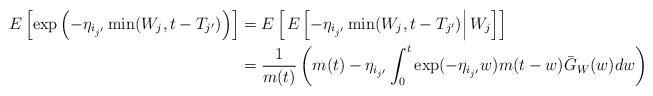
LaTeX: \begin{align*} E\left[\exp\left(-\eta_{i_{j'}}\min(W_{j}, t-T_{j'})\right)\right] &= E\left[\left.E\left[-\eta_{i_{j'}}\min(W_{j}, t-T_{j'})\right| W_{j}\right]\right] \\ &= \frac{1}{m(t)}\left(m(t) - \eta_{i_{j'}}\int_{0}^{t}\exp(-\eta_{i_{j'}}w)m(t-w)\bar{G}_{W}(w)dw\right) \end{align*}